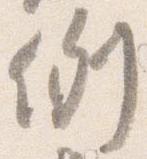
例